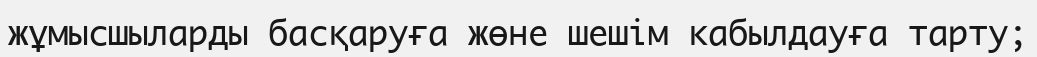
жұмысшыларды басқаруға жөне шешім кабылдауға тарту;